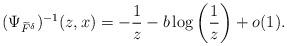
LaTeX: \begin{align*}(\Psi_{\widetilde{F}^\delta})^{-1}(z,x) = -\frac{1}{z}-b\log\left(\frac{1}{z}\right)+o(1).\end{align*}